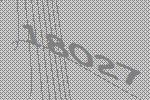
18027